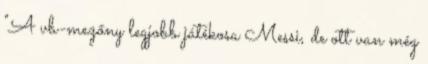
"A vb-mezőny legjobb játékosa Messi, de ott van még